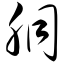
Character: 胴